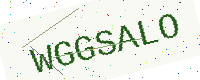
Text: WGGSALO